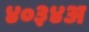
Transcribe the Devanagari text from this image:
४०३४अ